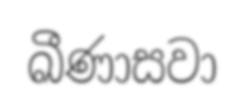
ඛීණාසවා